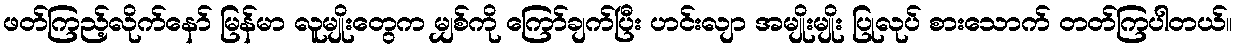
ဖတ်ကြည့်လိုက်နော် မြန်မာ လူမျိုးတွေက မျှစ်ကို ကြော်ချက်ပြီး ဟင်းလျာ အမျိုးမျိုး ပြုလုပ် စားသောက် တတ်ကြပါတယ်။